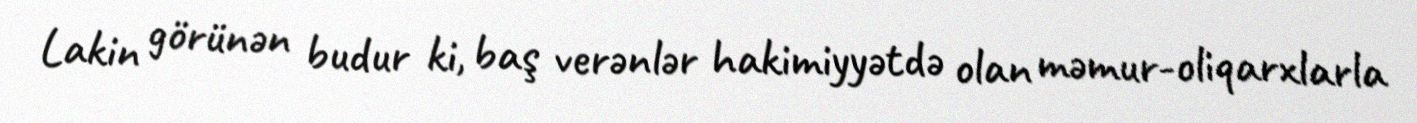
Lakin görünən budur ki, baş verənlər hakimiyyətdə olan məmur-oliqarxlarla